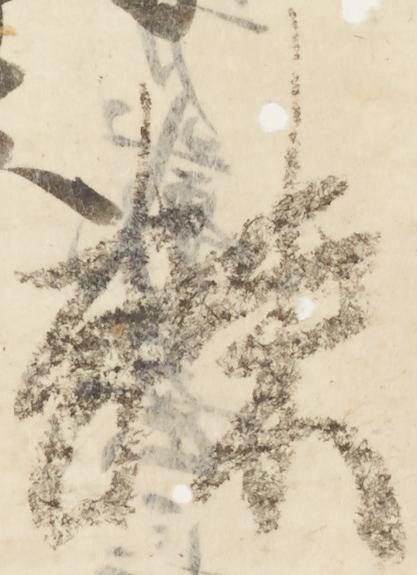
棘